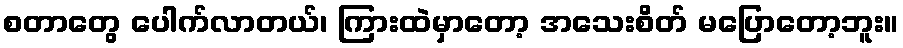
စတာတွေ ပေါက်လာတယ်၊ ကြားထဲမှာတော့ အသေးစိတ် မပြောတော့ဘူး။